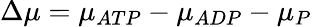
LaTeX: \Delta\mu=\mu_{ATP}-\mu_{ADP}-\mu_{P}